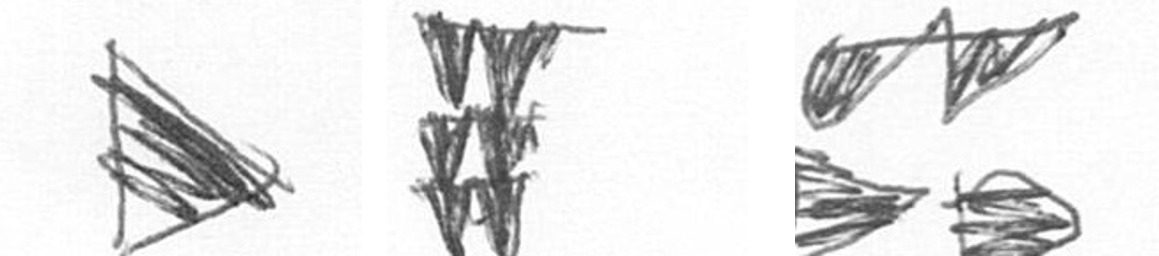
T Y B